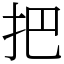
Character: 把